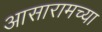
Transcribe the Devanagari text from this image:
आसारामच्या